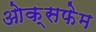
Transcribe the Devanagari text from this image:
ओक्सफेम